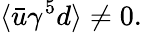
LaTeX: \langle\bar{u}\gamma^{5}d\rangle\ne 0.